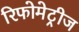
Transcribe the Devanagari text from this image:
रिफोमेट्रीज